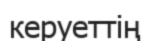
керуеттің